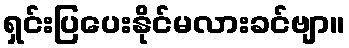
ရှင်းပြပေးနိုင်မလားခင်ဗျာ။